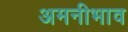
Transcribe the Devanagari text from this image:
अमनीभाव